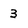
Character: 3